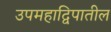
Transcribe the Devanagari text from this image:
उपमहाद्विपातील